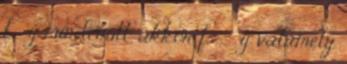
f ≤ g mindenütt, akkor f = α·g valamely